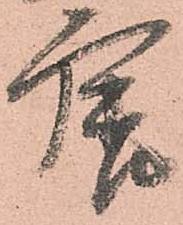
唐